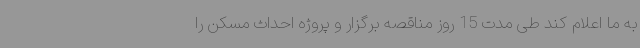
به ما اعلام کند طی مدت 15 روز مناقصه برگزار و پروژه احداث مسکن را